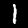
Label: 1